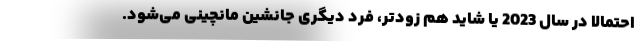
احتمالا در سال 2023 یا شاید هم زودتر، فرد دیگری جانشین مانچینی می‌شود.